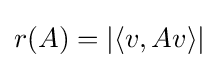
{\textstyle r(A)=|\langle v,Av\rangle |}